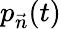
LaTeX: p_{\vec{n}}(t)